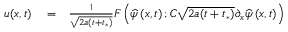
\begin{array} { r l r } { u ( x , t ) } & { { } = } & { \frac { 1 } { \sqrt { 2 a ( t + t _ { * } ) } } F \left( \widehat { \psi } \left( x , t \right) ; C \sqrt { 2 a ( t + t _ { * } ) } \partial _ { x } \widehat { \psi } \left( x , t \right) \right) } \end{array}